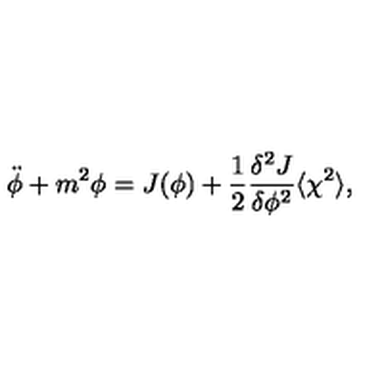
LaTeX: \ddot { \phi } + m ^ { 2 } { \phi } = J ( \phi ) + \frac { 1 } { 2 } \frac { { \delta } ^ { 2 } J } { { \delta } { \phi } ^ { 2 } } \langle { \chi } ^ { 2 } \rangle ,